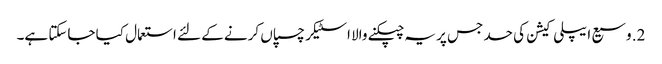
2. وسیع ایپلی کیشن کی حد جس پر یہ چپکنے والا اسٹیکر چسپاں کرنے کے لئے استعمال کیا جاسکتا ہے۔